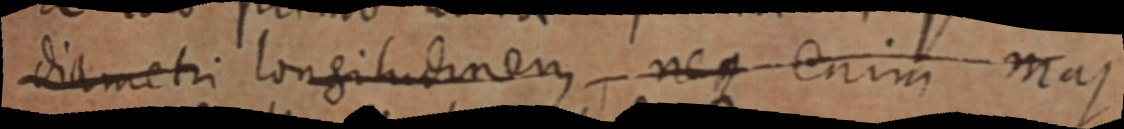
diametri longitudinem, neque enim mas